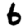
Digit: 6